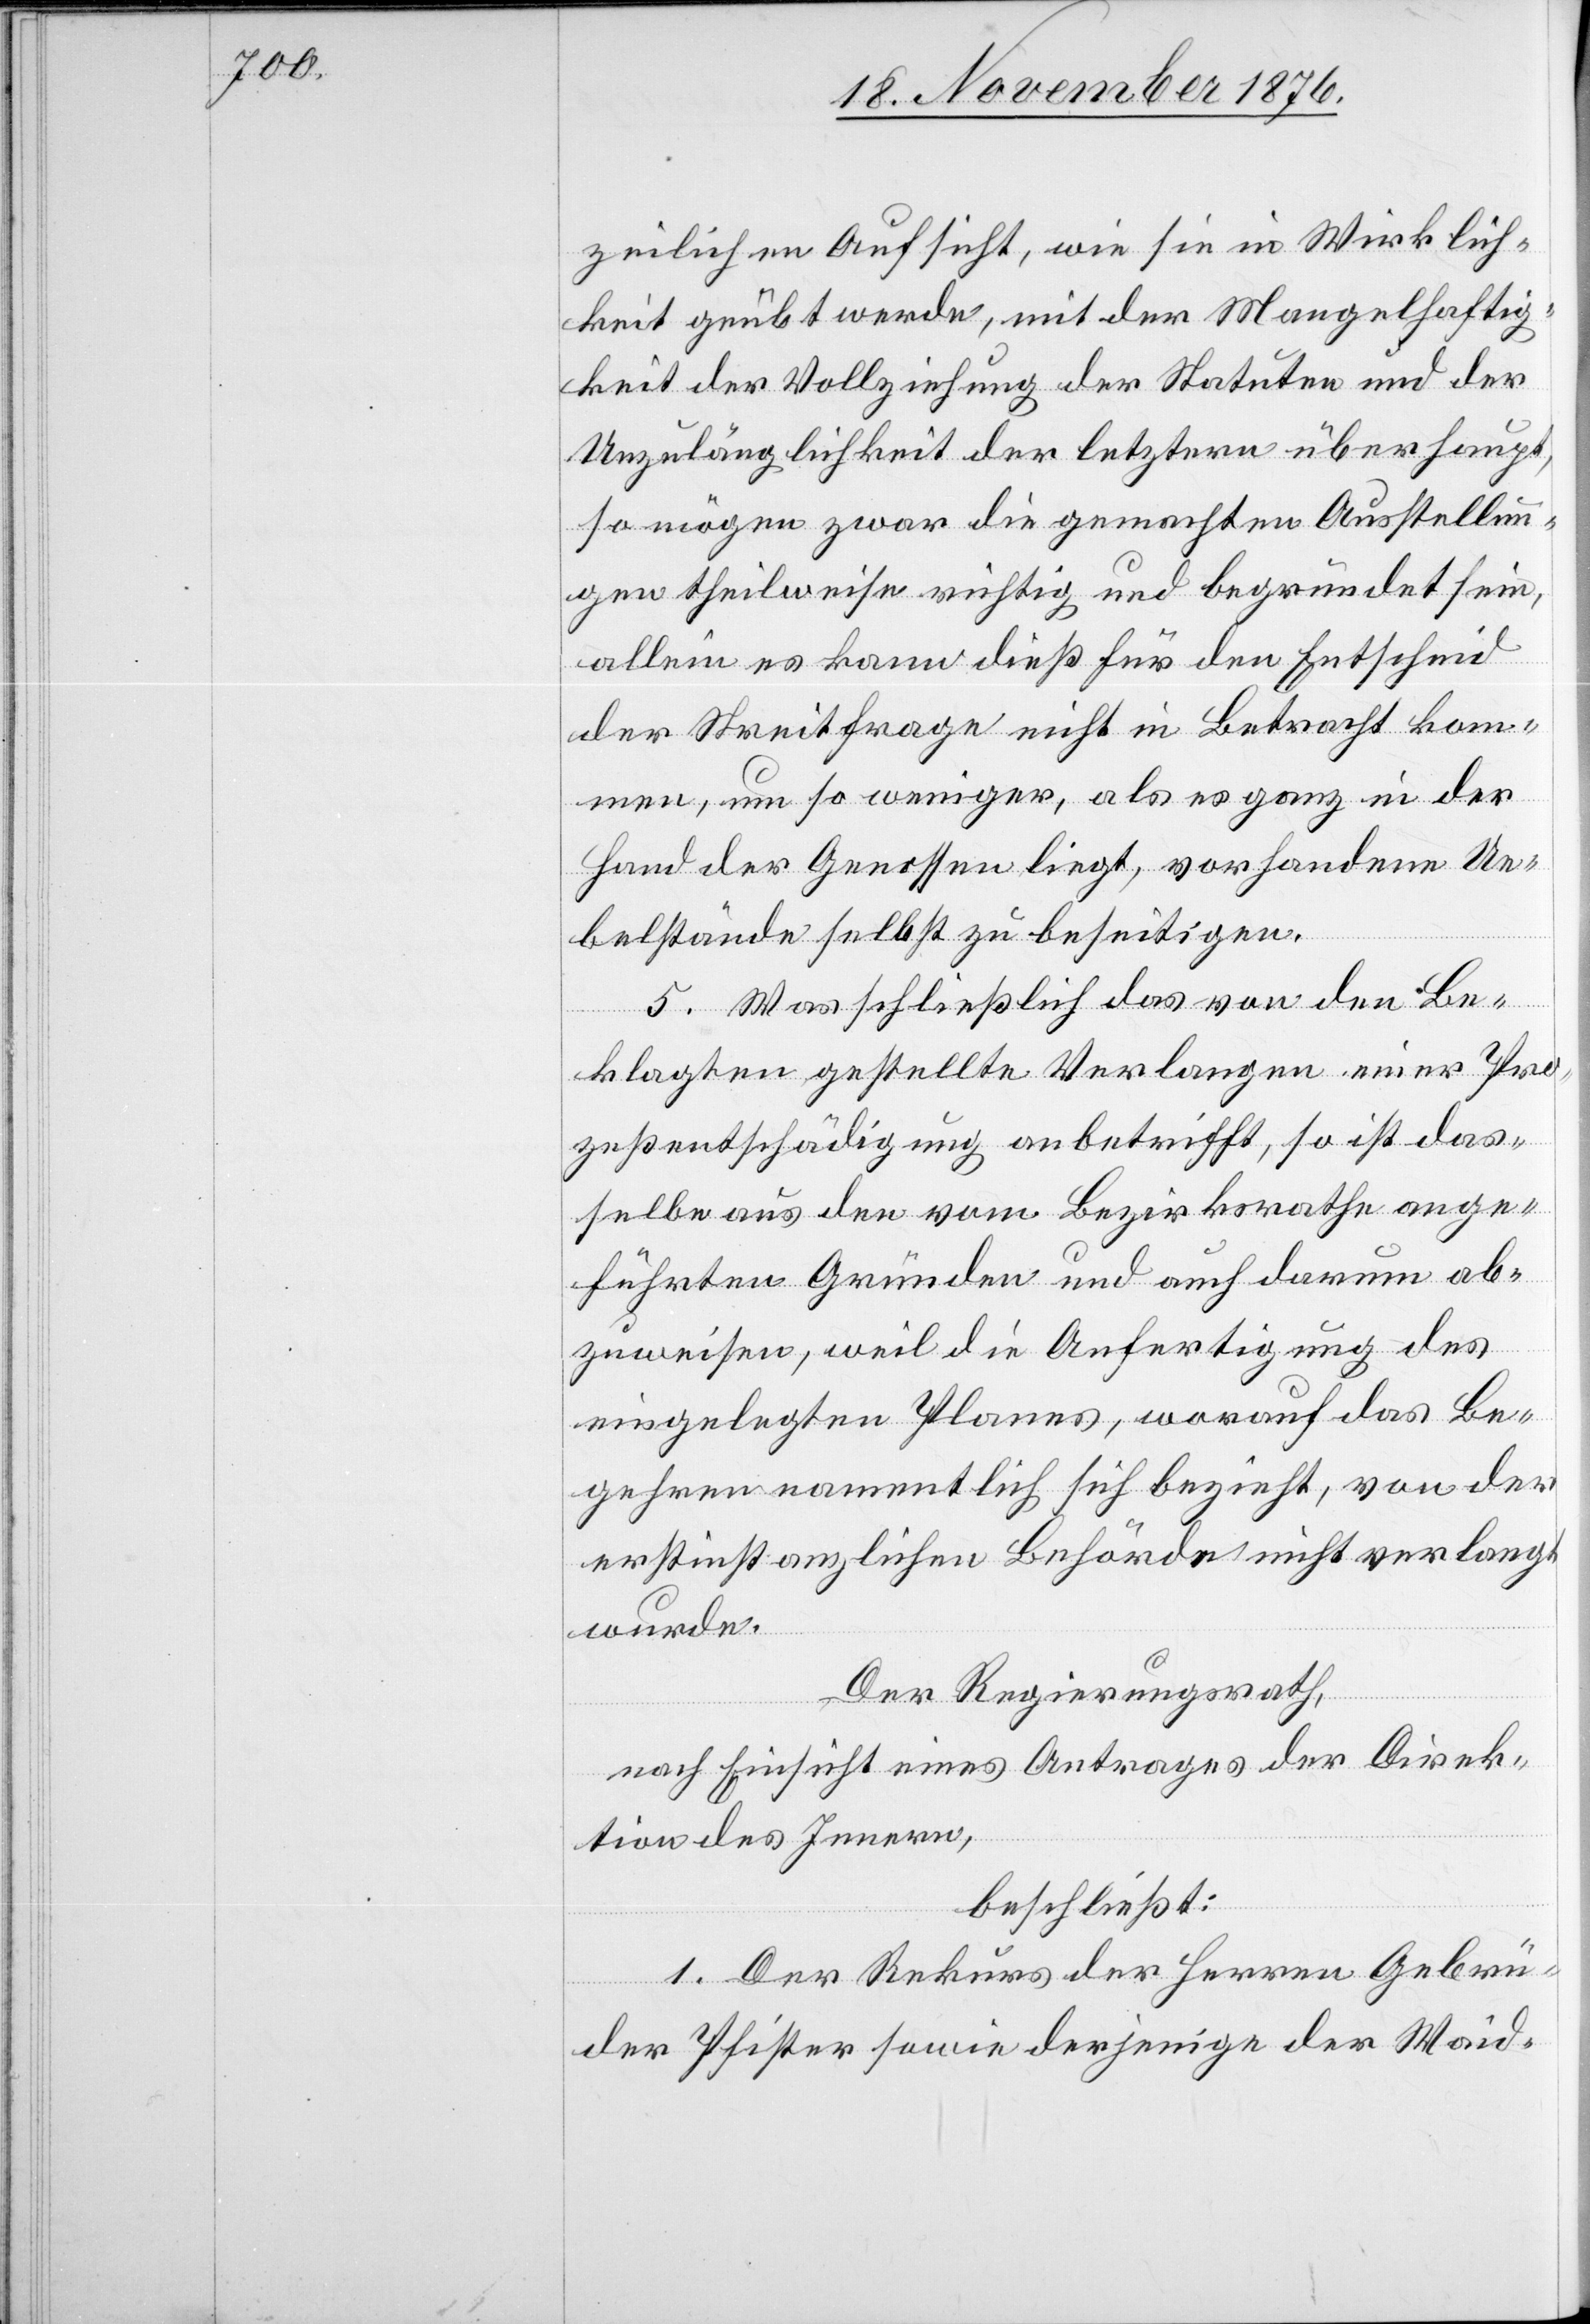
zeilichen Aufsicht, wie sie in Wirklich¬
keit geübt werde, mit der Mangelhaftig¬
keit der Vollziehung der Statuten und der
Unzulänglichkeit der letztern überhaupt,
so mögen zwar die gemachten Ausstellun¬
gen theilweise richtig und begründet sein,
allein es kann dieß für den Entscheid
der Streitfrage nicht in Betracht kom¬
men, um so weniger, als es ganz in der
Hand der Genossen liegt, vorhandene Ue¬
belstände selbst zu beseitigen.
5. Was schließlich das von den Be¬
klagten gestellte Verlangen einer Pro¬
zeßentschädigung anbetrifft, so ist das¬
selbe aus den vom Bezirksrathe ange¬
führten Gründen und auch darum ab¬
zuweisen, weil die Anfertigung des
eingelegten Planes, worauf das Be¬
gehren namentlich sich bezieht, von der
erstinstanzlichen Behörde nicht verlangt
wurde.
Der Regierungsrath,
nach Einsicht eines Antrages der Direk¬
tion des Innern,
beschließt:
1. Der Rekurs der Herren Gebrü¬
der Pfister sowie derjenige der Waid-